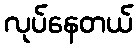
လုပ်နေတယ်